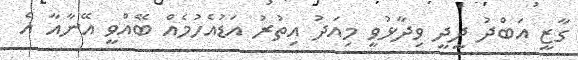
ގާޒީ އަބްދު ދީދީ ވިދާޅުވީ މިއަދު އިތުރު އަޑުއެހުމެއް ބޭއްވީ އޭނާއާ އެ